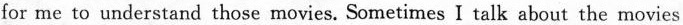
for me to understand those movies. Sometimes I talk about the movies